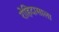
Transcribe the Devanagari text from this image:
रोहिदासाला